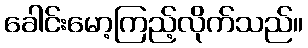
ခေါင်းမော့ကြည့်လိုက်သည်။